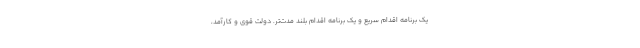
یک برنامه اقدام سریع و یک برنامه اقدام بلند مدت‌تر. دولت قوی و کارآمد،